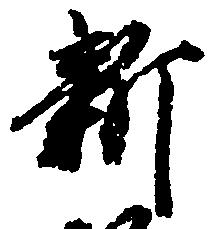
新